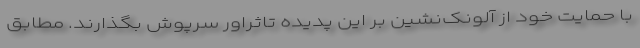
با حمایت خود از آلونک‌نشین بر این پدیده تاثراور سرپوش بگذارند. مطابق